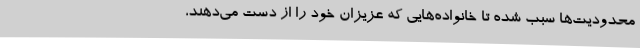
محدودیت‌ها سبب شده تا خانواده‌هایی که عزیزان خود را از دست می‌دهند،